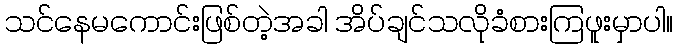
သင်နေမကောင်းဖြစ်တဲ့အခါ အိပ်ချင်သလိုခံစားကြဖူးမှာပါ။